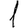
Digit: 1